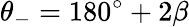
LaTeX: \theta_{-}=180^{\circ}+2\beta